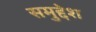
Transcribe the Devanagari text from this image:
समुद्देश